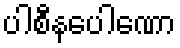
ပါစီနပေါဏော